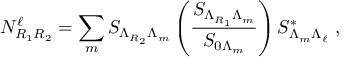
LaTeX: N _ { R _ { 1 } R _ { 2 } } ^ { \ell } = \sum _ { m } S _ { \Lambda _ { R _ { 2 } } \Lambda _ { m } } \left( { \frac { S _ { \Lambda _ { R _ { 1 } } \Lambda _ { m } } } { S _ { 0 { \Lambda _ { m } } } } } \right) S _ { \Lambda _ { m } \Lambda _ { \ell } } ^ { * } ~ ,